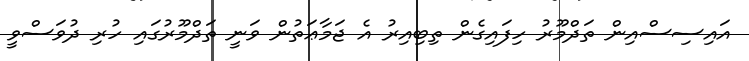
އައިސިސްއިން ތަދްމޫރު ހިފައިގެން ތިބިއިރު އެ ޖަމާޢަތުން ވަނީ ތަދްމޫރުގައި ހުރި ދުވަސްވީ